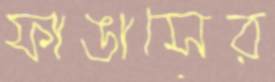
ফাঙাসের